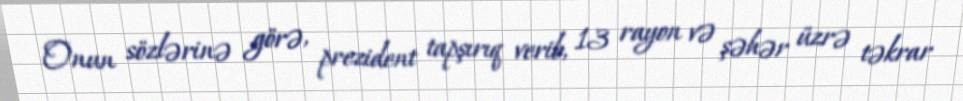
Onun sözlərinə görə, prezident tapşırıq verib, 13 rayon və şəhər üzrə təkrar